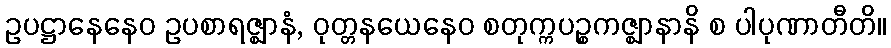
ဥပဋ္ဌာနေနေဝ ဥပစာရဇ္ဈာနံ, ဝုတ္တနယေနေဝ စတုက္ကပဉ္စကဇ္ဈာနာနိ စ ပါပုဏာတီတိ။